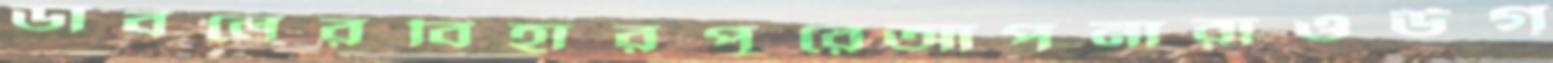
ডাবলেরবিহারপুরেআপনারাওউগ্